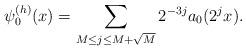
LaTeX: \begin{align*}\psi_0^{(h)}(x) = \sum_{M\le j \le M+\sqrt M} 2^{-3j} a_0(2^{j} x). \end{align*}